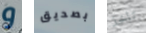
و بصديق تاخذ